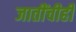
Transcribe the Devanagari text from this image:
जातींचीही